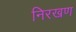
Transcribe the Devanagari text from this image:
निरखण